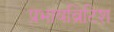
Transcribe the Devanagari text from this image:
प्रभावब्रिटिश